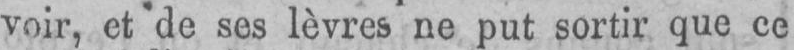
voir, et de ses lèvres ne put sortir que ce